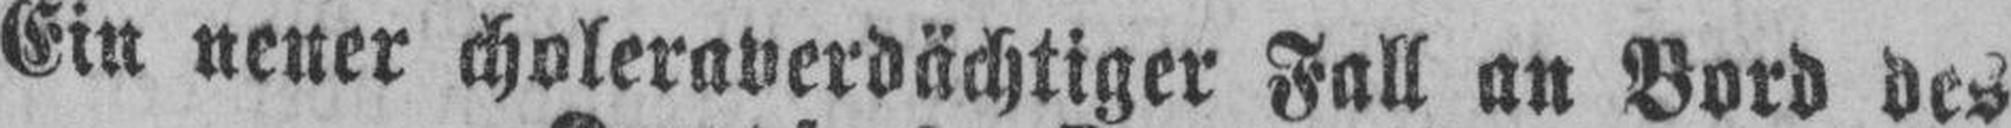
Ein neuer choleraverdächtiger Fall an Bord des